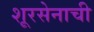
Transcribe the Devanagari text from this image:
शूरसेनाची